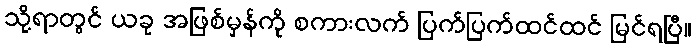
သို့ရာတွင် ယခု အဖြစ်မှန်ကို စကားလက် ပြက်ပြက်ထင်ထင် မြင်ရပြီ။